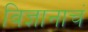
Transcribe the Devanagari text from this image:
विज्ञानाचं